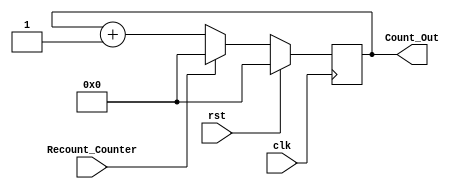
module Counter(clk, rst, Recount_Counter, Count_Out);
    input clk, rst, Recount_Counter;
    output [3:0] Count_Out;
    reg [3:0] Count_Out;
    always @(posedge clk)
    begin
        if(rst)
        begin
            Count_Out <= 0;
        end
        else
        begin
            if(Recount_Counter)
                Count_Out <= 0;
	        else
                Count_Out <= Count_Out + 1;
        end
    end
endmodule